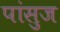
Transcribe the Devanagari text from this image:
पांसुज